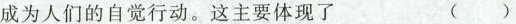
成为人们的自觉行动。这主要体现了 ()